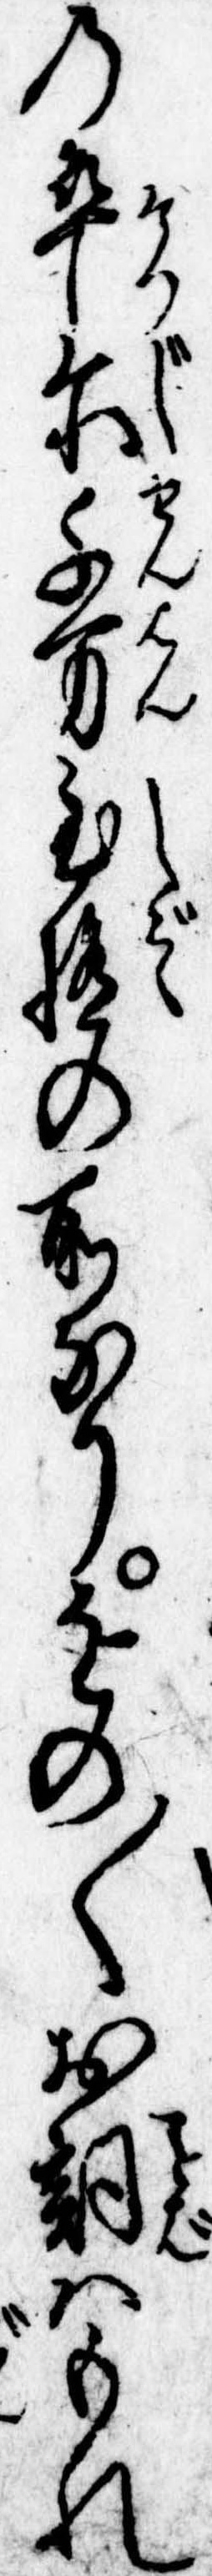
の卒爾千万至極の所なりをの〱お詞はもれ